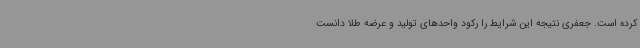
کرده است. جعفری نتیجه این شرایط را رکود واحدهای تولید و عرضه طلا دانست